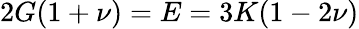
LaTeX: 2G(1+\nu)=E=3K(1-2\nu)